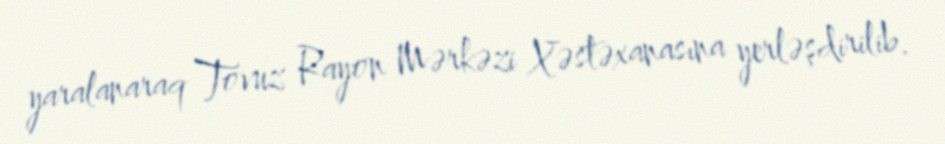
yaralanaraq Tovuz Rayon Mərkəzi Xəstəxanasına yerləşdirilib.